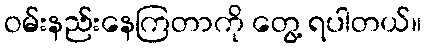
ဝမ်းနည်းနေကြတာကို တွေ့ ရပါတယ်။